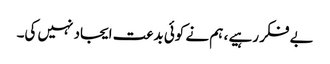
بے فکر رہیے ، ہم نے کوئی بدعت ایجاد نہیں کی۔